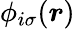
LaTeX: \phi_{i\sigma}(\boldsymbol{r})